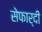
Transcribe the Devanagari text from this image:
सेफार्दी